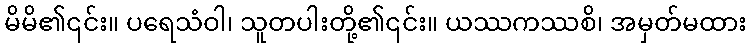
မိမိ၏၎င်း။ ပရေသံဝါ၊ သူတပါးတို့၏၎င်း။ ယဿကဿစိ၊ အမှတ်မထား